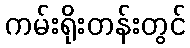
ကမ်းရိုးတန်းတွင်